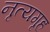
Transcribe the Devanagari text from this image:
नृत्यगृह